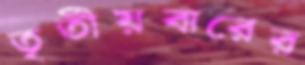
তৃতীয়বারের